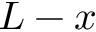
L - x